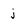
Character: j